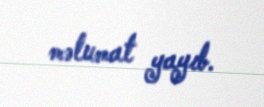
məlumat yayıb.